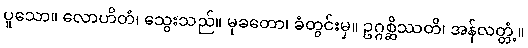
ပူသော။ လောဟိတံ၊ သွေးသည်။ မုခတော၊ ခံတွင်းမှ။ ဥဂ္ဂစ္ဆိဿတိ၊ အန်လတ္တံ့။